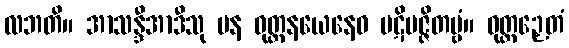
လဘတိ။ အာသန္ဒီအာဒီသု ပန ဝုတ္တနယေနေဝ ပဋိပဇ္ဇိတဗ္ဗံ။ ဝုတ္တဉှေတံ